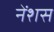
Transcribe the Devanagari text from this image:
नेंशस